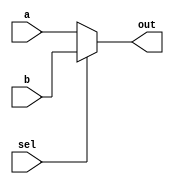
//Create a one-bit wide, 2-to-1 multiplexer. When sel=0, choose a. When sel=1, choose b.

module top_module( 
    input a, b, sel,
    output out ); 

    assign out = sel == 0 ? a : b;

endmodule